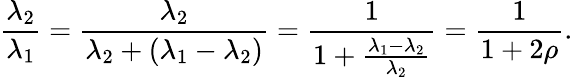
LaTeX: {\frac{\lambda_{2}}{\lambda_{1}}}={\frac{\lambda_{2}}{\lambda_{2}+(\lambda_{1}-\lambda_{2})}}={\frac{1}{1+{\frac{\lambda_{1}-\lambda_{2}}{\lambda_{2}}}}}={\frac{1}{1+2\rho}}.